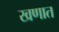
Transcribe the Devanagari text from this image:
खणात